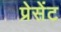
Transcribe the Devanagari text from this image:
प्रेसेंट